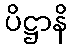
ပိဋ္ဌာနိ